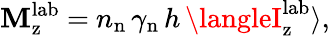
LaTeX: \mathbf{M}_{\mathrm{{z}}}^{\mathrm{{lab}}}~{=}~n_{\mathrm{{n}}}\, \gamma_{\mathrm{{n}}}\, h\, \langleI_{\mathrm{{z}}}^{\mathrm{{lab}}}\rangle,